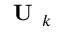
\textbf { U } _ { k }